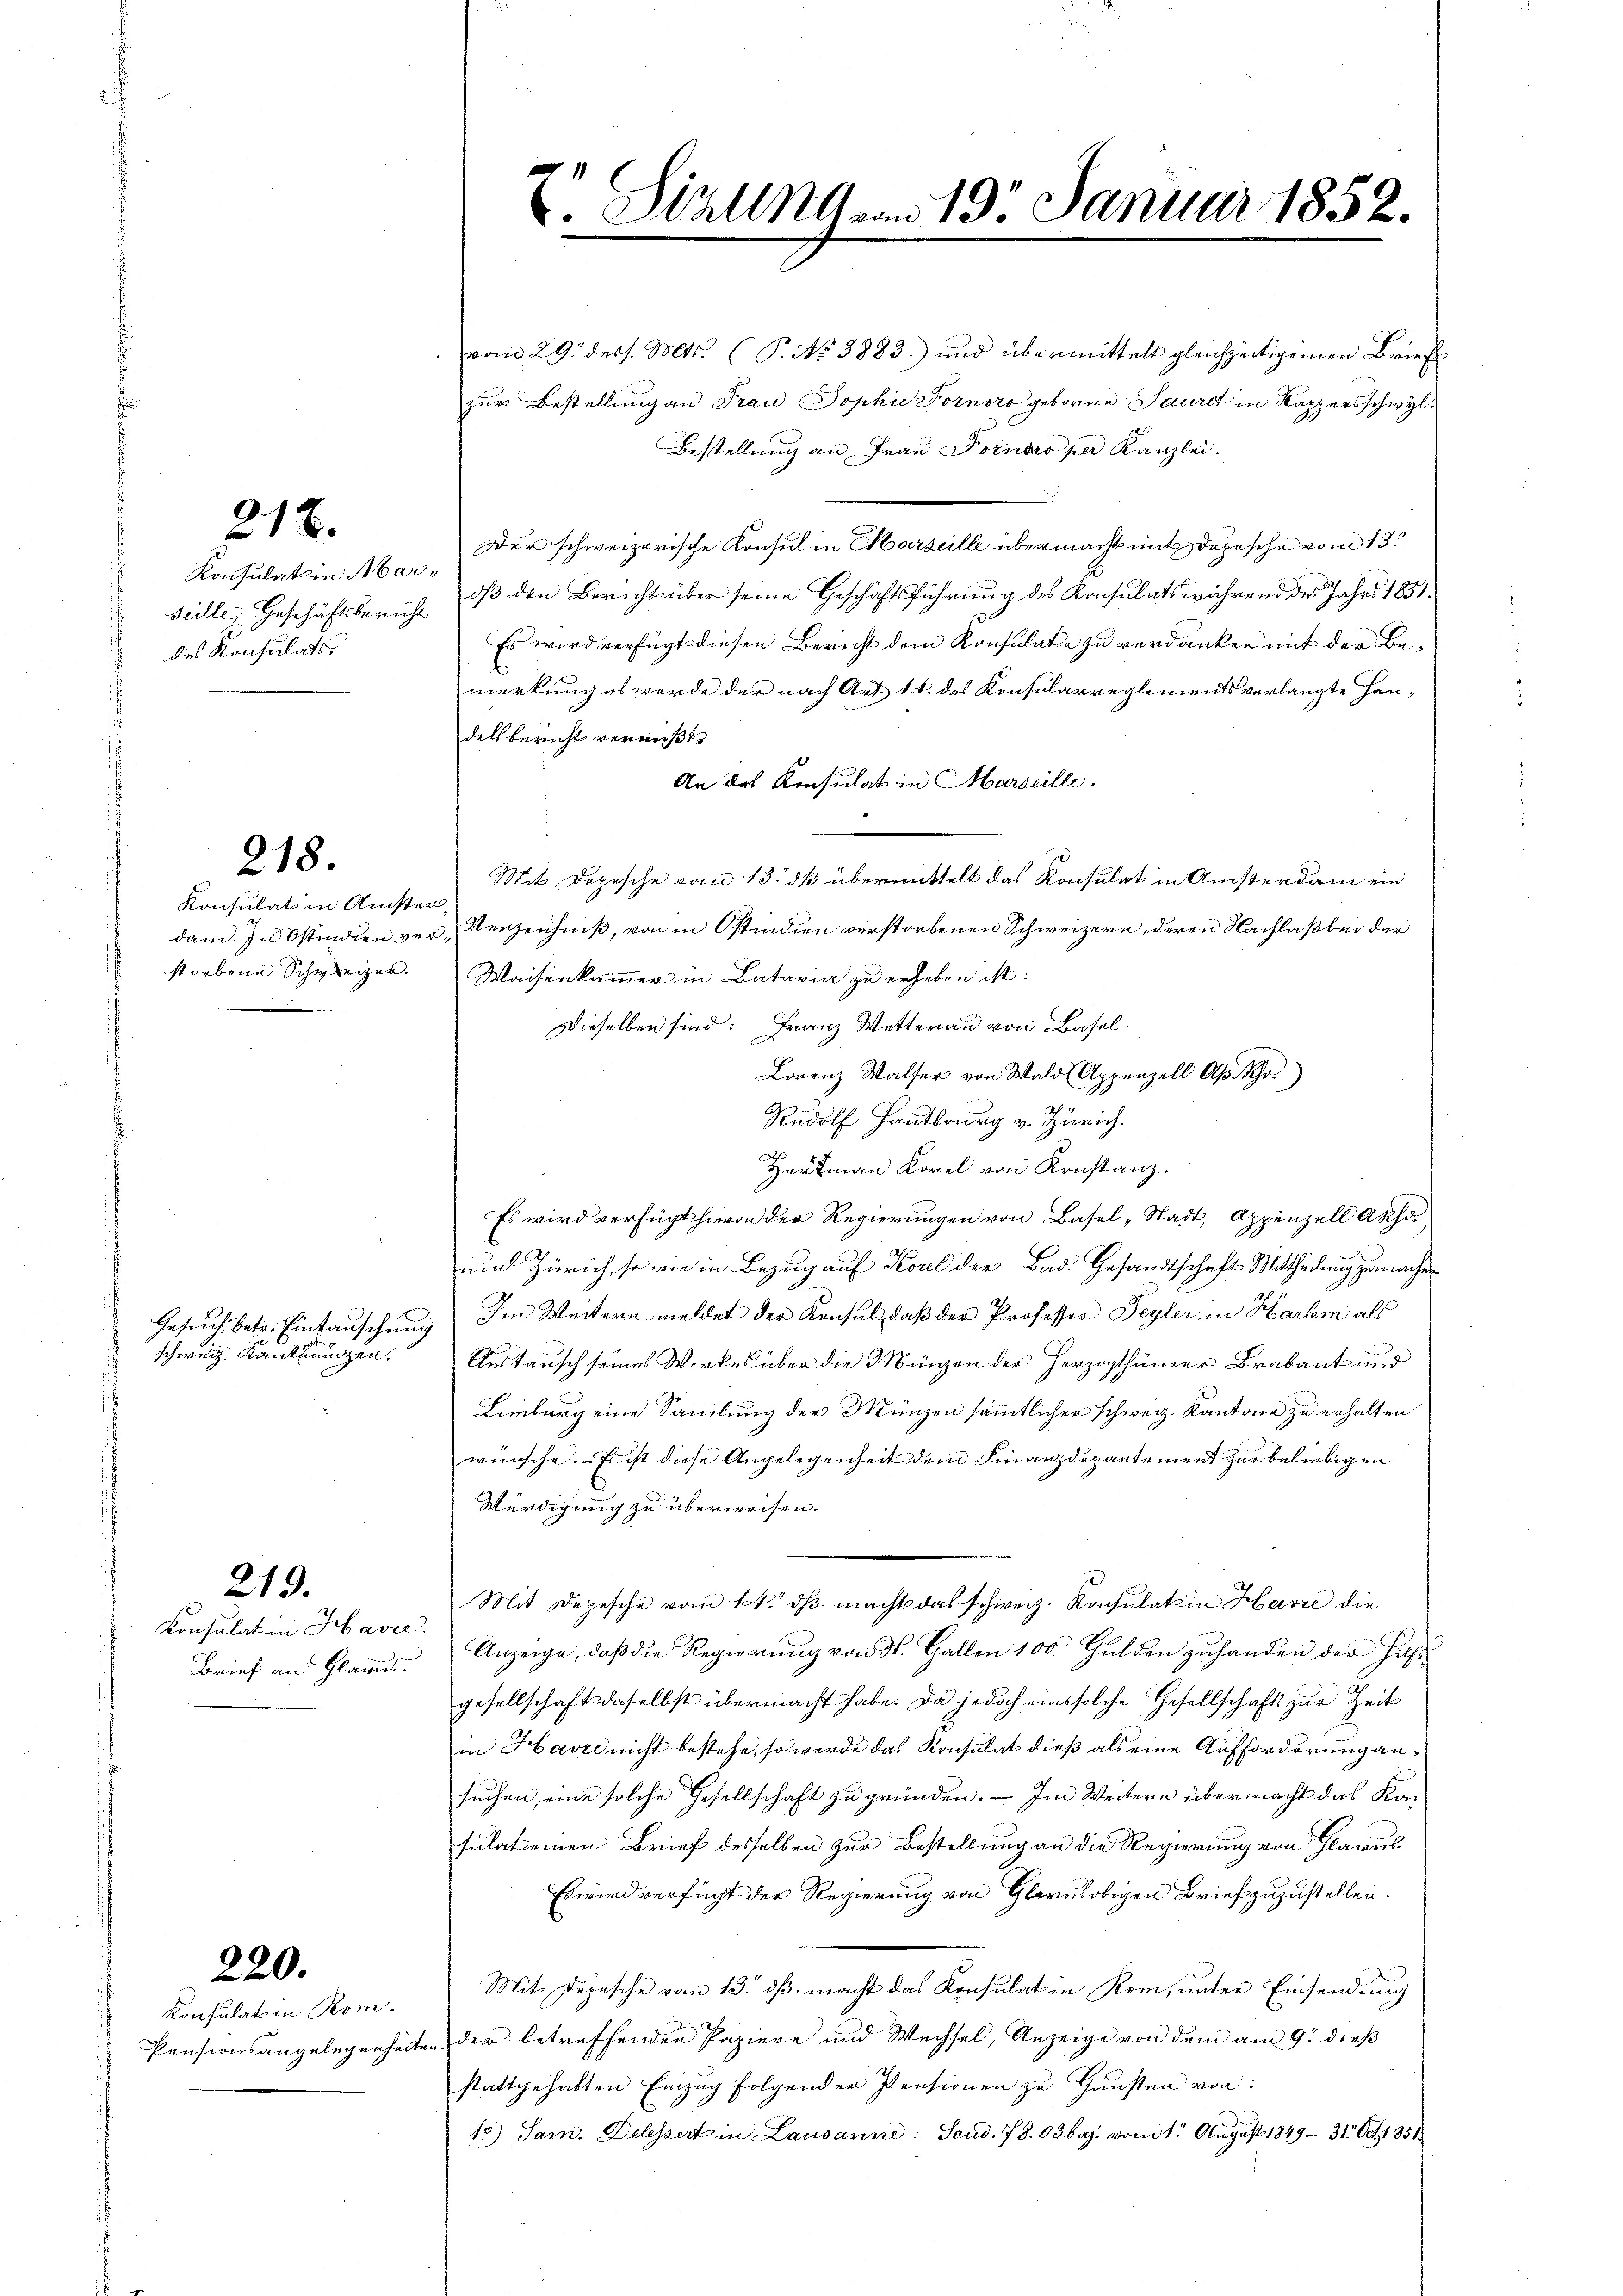
218.

Konsulat in Marseillen Geschäftsbericht
des Konsulats.

218.

Konsulat in Amste
dam. In Ostindien verstorbene Schweizer.

Gesuch betr. Eintauschung
schweiz. Kanttungen.

Konsulat in Havre.
Brief an Glarus.

219.

220.

Konsulat in Rom.
Pensionsangelegenheite

E Scalam 19. Januar 1852.

vom 29. dess. Mts. (T. No 3883) und übermittelt gleichzeitigenen Brief
zur Bestellung an Frau Sophie Fornoro geboren Saurdt in Kappersschwyl
Bestellung an Frau Dornaro per Kanzlei.
Der schweizerische Konsul in Marseille übermacht mit Depesche vom 13t
dß den Bericht über seine Geschäftsführung des Konsulats während des Jahrs 1851:
Es wird verfügt diesen Bericht dem Konsulate zu verdanken mit der Bemerkung es werde der nach Art. 11. des Konsularreglements verlangte Handelsbericht vermißt
An das Konsulat in Marseille.
Mit Depesche vom 13. dß übermittelt das Konsulat in Ansterdam ein
Verzeichniß, von in Ostindien verstorbenen Schweizern, deren Nachlaß bei der
Waisenkammer in Bataria zu erheben ist:
Dieselben sind: Franz Wetterau von Basel¬
Lorenz Walser von Wald (Appenzell A. Scho
Rudolf Hantsburg v. Zürich.
Hartmann Korel von Konstanz.
Es wird verfügt hievon der Regierungen von Basel-Stadt, Appenzell Akhö
und Zürich, so wie in Bezug auf Koul der Bad. Gesandtschaft Mittheilung zumachen
Im Weitern meldet der Konsul, daß der Professor Feyler in Harlem als
Austausch seines Werkes über die Mingen der Herzogthümer Brabant und
Limburg eine Sammlung der Münzen sämmtlicher schweiz. Kantone zu erhalten
wünsche. Es ist diese Angelegenheit dem Finanzdepartement zur beliebigen
Würdigung zu überweisen.
Mit Depesche vom 14. ds. macht das schweiz. Konsulat in Havre die
Anzeige, daβ die Regierung von St. Gallen 100 Gulden zŭ handen der Hilf
gesellschaft daselbst übermacht habe. Da jedoch eine solche Gesellschaft zur Zeit
in Hartl nicht bestehe, so werde das Konsulat dieß als eine Aufforderung ansuchen, eine solche Gesellschaft zu gründen. — Im Weitern übermacht das Kasulateinen Brief desselben zur Bestellung an die Regierung von Planes
Es wird verfügt der Regierung von Glarus obigen Brief zuzustellen.
Mit Depesche vom 13. ds. macht das Konsulat in Rom, unter Einsendung
der betreffenden Papiere und Wechsel, Anzeige von dem am 9. dieß
stattgehabten Einzug folgender Pensionen zu Gunsten von
15) Sam. Delessert in Lausanne: Send. 78. 03baj. vom 1. August 1849 - 31. Oct 1851